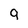
Character: 9